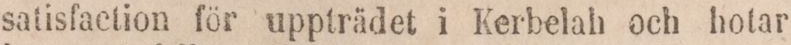
satisfaction för uppträdet i Kerbelah och hotar